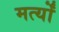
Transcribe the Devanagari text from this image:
मर्त्यों